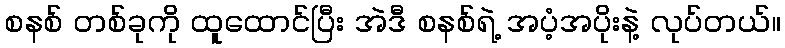
စနစ် တစ်ခုကို ထူထောင်ပြီး အဲဒီ စနစ်ရဲ့ အပံ့အပိုးနဲ့ လုပ်တယ်။